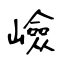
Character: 嶮